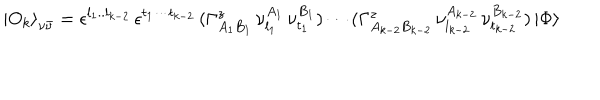
LaTeX: { \vert O _ { k } \rangle } _ { \nu \bar { \nu } } = \epsilon ^ { l _ { 1 } . . l _ { k - 2 } } \, \epsilon ^ { t _ { 1 } \cdots t _ { k - 2 } } \, ( \Gamma _ { A _ { 1 } B _ { 1 } } ^ { z } \, \nu _ { l _ { 1 } } ^ { A _ { 1 } } \, \nu _ { t _ { 1 } } ^ { B _ { 1 } } ) \cdots ( \Gamma _ { A _ { k - 2 } B _ { k - 2 } } ^ { z } \, \nu _ { l _ { k - 2 } } ^ { A _ { k - 2 } } \, \nu _ { t _ { k - 2 } } ^ { B _ { k - 2 } } ) \, \vert \Phi \rangle